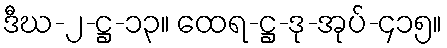
ဒီဃ-၂-ဋ္ဌ-၁၃။ ထေရ-ဋ္ဌ-ဒု-အုပ်-၄၁၅။